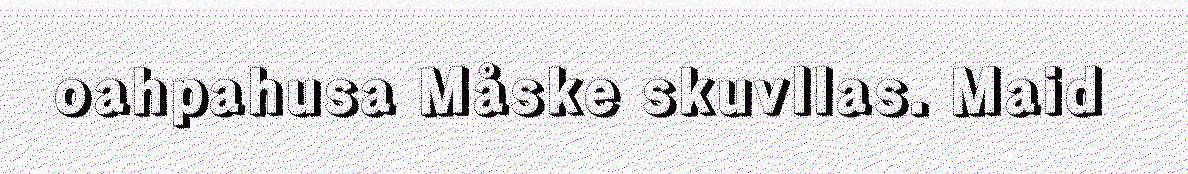
oahpahusa Måske skuvllas. Maid